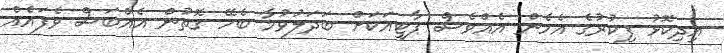
އިދިކޮޅު ފިކުރުގެ އެހެން އެއްވެސް ޕާޓީއަކަށް ބަދަލުވުމާ ބެހޭ ގޮތުން އެއްބަސް ވެފައެއް